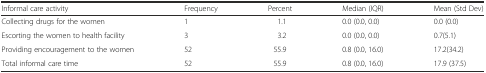
| Informal care activity | Frequency | Percent | Median (IQR) | Mean (Std Dev) |
 | --- | --- | --- | --- | --- |
 | Collecting drugs for the women | 1 | 1.1 | 0.0 (0.0, 0.0) | 0.0 (0.0) |
 | Escorting the women to health facility | 3 | 3.2 | 0.0 (0.0, 0.0) | 0.7(5.1) |
 | Providing encouragement to the women | 52 | 55.9 | 0.8 (0.0, 16.0) | 17.2(34.2) |
 | Total informal care time | 52 | 55.9 | 0.8 (0.0, 16.0) | 17.9 (37.5) |